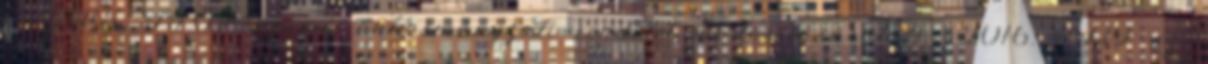
1 2015. II.09. számú önkormányzati rendelet módosításáról 4 2016. II.19. sz.